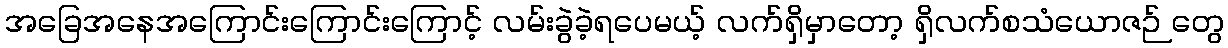
အခြေအနေအကြောင်းကြောင်းကြောင့် လမ်းခွဲခဲ့ရပေမယ့် လက်ရှိမှာတော့ ရှိလက်စသံယောဇဉ် တွေ